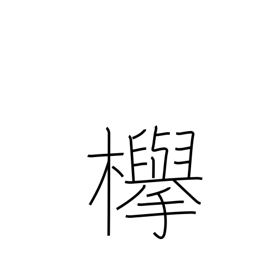
Meaning: keyaki